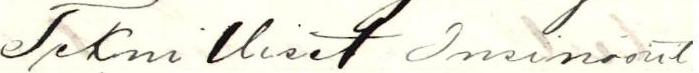
Teknilliset Insinöörit